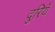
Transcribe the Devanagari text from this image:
दुरियँ